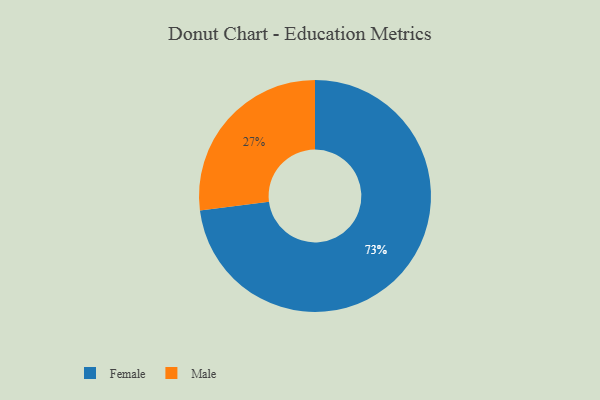
{"axis": {"x": "Category", "y": "Percentage"}, "legend": ["Female", "Male"], "data": [{"x": "Male", "y": 27, "type": "Male"}, {"x": "Female", "y": 73, "type": "Female"}]}